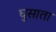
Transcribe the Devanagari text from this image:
घुसाता